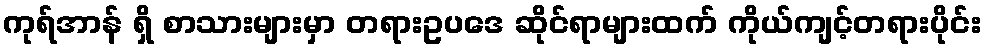
ကုရ်အာန် ရှိ စာသားများမှာ တရားဥပဒေ ဆိုင်ရာများထက် ကိုယ်ကျင့်တရားပိုင်း